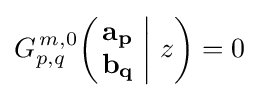
G_{p,q}^{\,m,0}\!\left(\left.{\begin{matrix}\mathbf {a_{p}} \\\mathbf {b_{q}} \end{matrix}}\;\right|\,z\right)=0